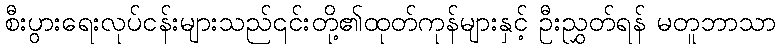
စီးပွားရေးလုပ်ငန်းများသည်၎င်းတို့၏ထုတ်ကုန်များနှင့် ဦးညွှတ်ရန် မတူဘာသာ